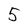
Character: 5